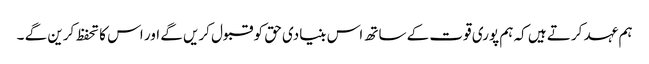
ہم عہد کرتے ہیں کہ ہم پوری قوت کے ساتھ اس بنیادی حق کو قبول کریں گے اور اس کا تحفظ کرین گے ۔